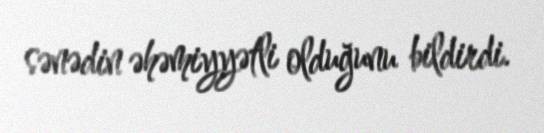
sənədin əhəmiyyətli olduğunu bildirdi.